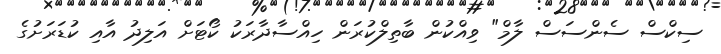
ސިކްސް ސެންސަސް ލާމް" ވިއްކުން ބާތިލްކުރަން ހިއްސާދާރަކު ކޯޓަށް އަލިދު އާއި ކުޑަރަށުގެ